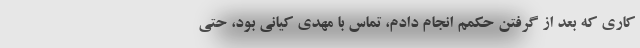
کاری که بعد از گرفتن حکمم انجام دادم، تماس با مهدی کیانی بود، حتی